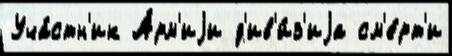
Уча́стн'ик А́рм'иjи д'ив'и́з'иjа см'е́рт'и